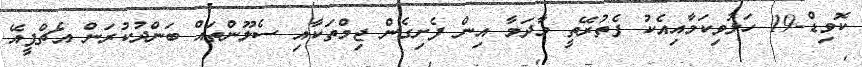
ކޮވިޑް-19 ހަލުވިކަމާއިއެކު ފެތުރޭތީ މާދަމާ އިން ފެށިގެން ޖިމްތަކާއި ސެލޫންތައް ބަންދުކުރަން އެޗްޕީއޭ